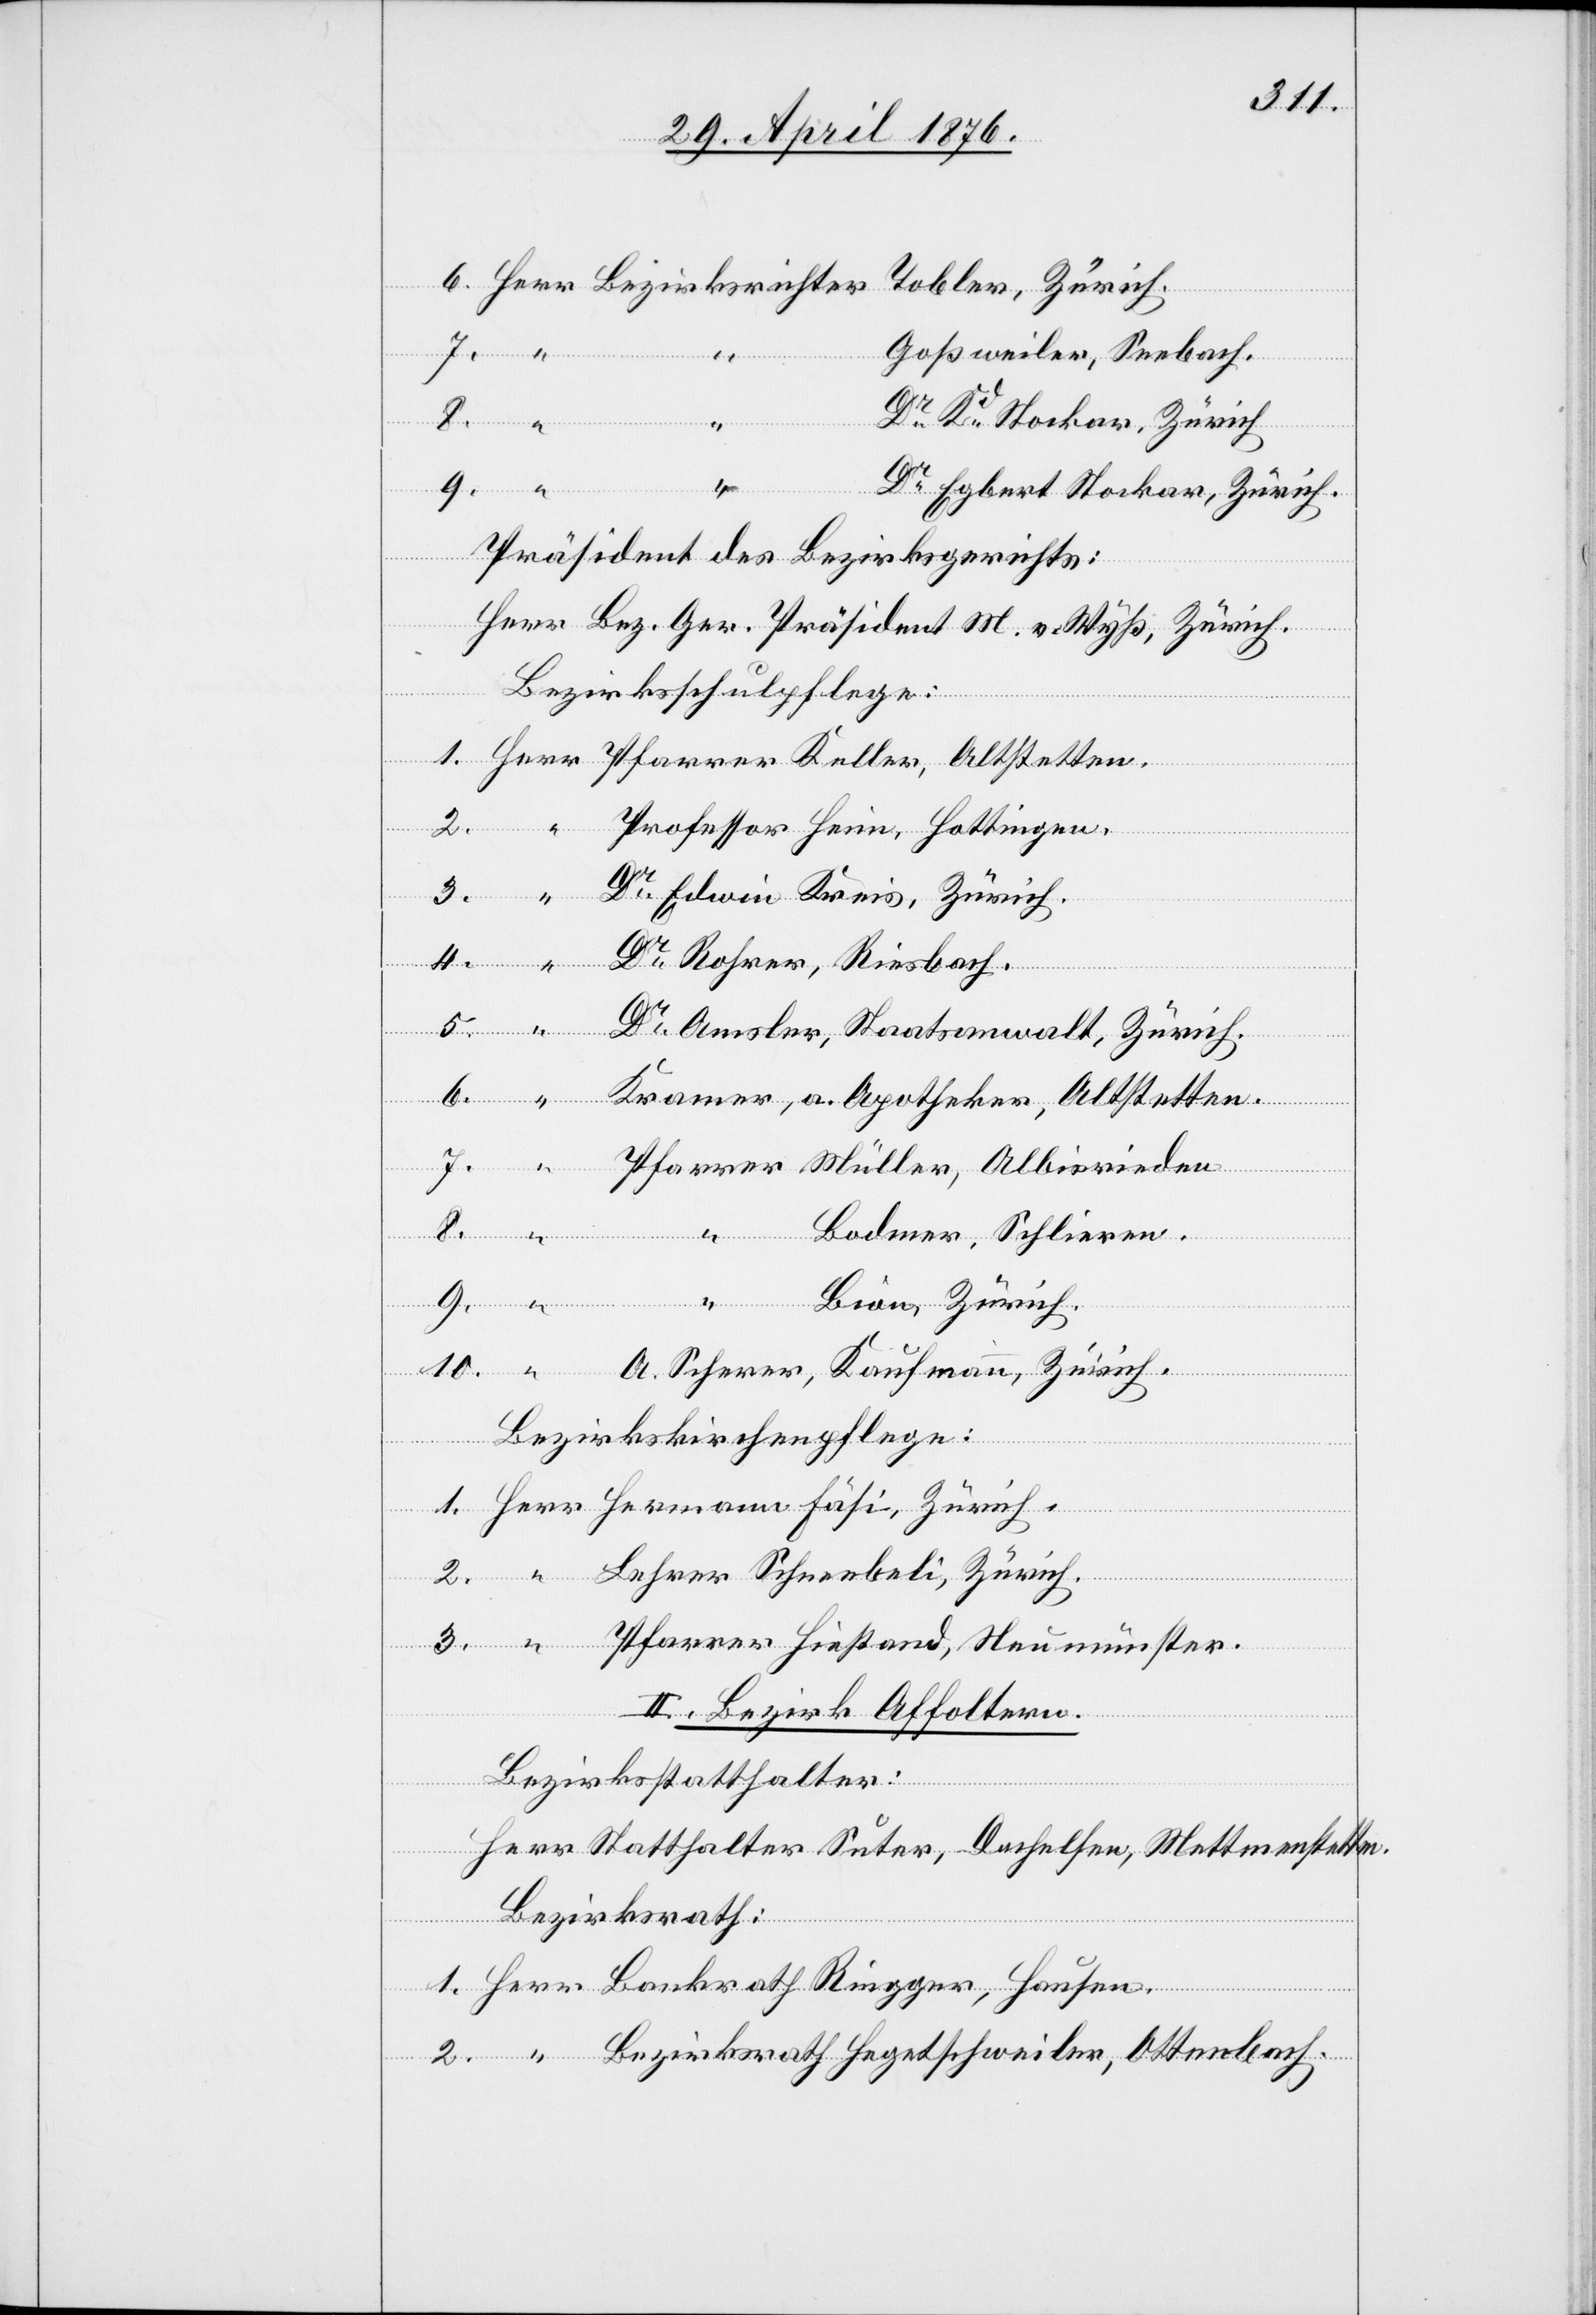
10.

mer,

A.
Kra¬

Sch¬

3.
Tobler, Zürich.
getschweiler, Ottenbach.
“
Dr Kd Stocker, Zürich
Riegger,
Dr Egbert Stocker, Zürich.
Her¬
Präsident des Bezirksgerichts:
Herr Bez. Ger. Präsident M. v. Wyß, Zürich.
Bezirksschulpflege:
Hausen.
Edwein Kreis, Zürich.
Amsler, Staatsanwalt, Zürich.
He¬
mann
Bezirkskirchenpflegen:
II. Bezirk Affoltern.
Bezirksstatthalter:
Herr Statthalter Suter, Dachelsen, Mettmenstetten.
Bezirksrath